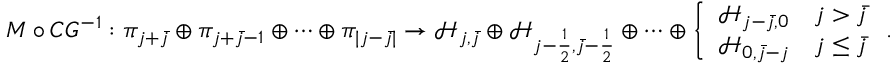
M \circ C G ^ { - 1 } : \pi _ { j + \bar { j } } \oplus \pi _ { j + \bar { j } - 1 } \oplus \cdots \oplus \pi _ { | j - \bar { j } | } \to \mathcal { H } _ { j , \bar { j } } \oplus \mathcal { H } _ { j - \frac { 1 } { 2 } , \bar { j } - \frac { 1 } { 2 } } \oplus \cdots \oplus \left\{ \begin{array} { l l } { \mathcal { H } _ { j - \bar { j } , 0 } } & { j > \bar { j } } \\ { \mathcal { H } _ { 0 , \bar { j } - j } } & { j \leq \bar { j } } \end{array} \right. .